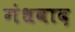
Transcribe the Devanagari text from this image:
गंधवाद